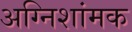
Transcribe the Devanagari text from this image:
अग्निशांमक